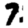
Digit: 7